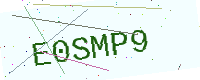
Text: E0SMP9